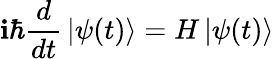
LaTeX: \mathbf{i}\hbar{\frac{{d}}{{dt}}}\left|\psi(t)\right\rangle=H\left|\psi(t)\right\rangle